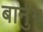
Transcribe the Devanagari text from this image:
बार्नुम